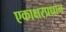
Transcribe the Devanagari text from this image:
एकाक्षरप्रधान